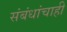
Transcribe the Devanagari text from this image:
संबंधांचाही